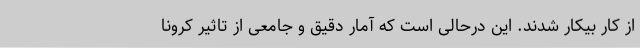
از کار بیکار شدند. این درحالی است که آمار دقیق و جامعی از تاثیر کرونا